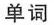
单词